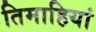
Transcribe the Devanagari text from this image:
तिमाहियां